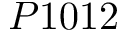
P 1 0 1 2